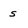
Character: s